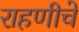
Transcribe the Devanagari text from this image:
राहणीचे